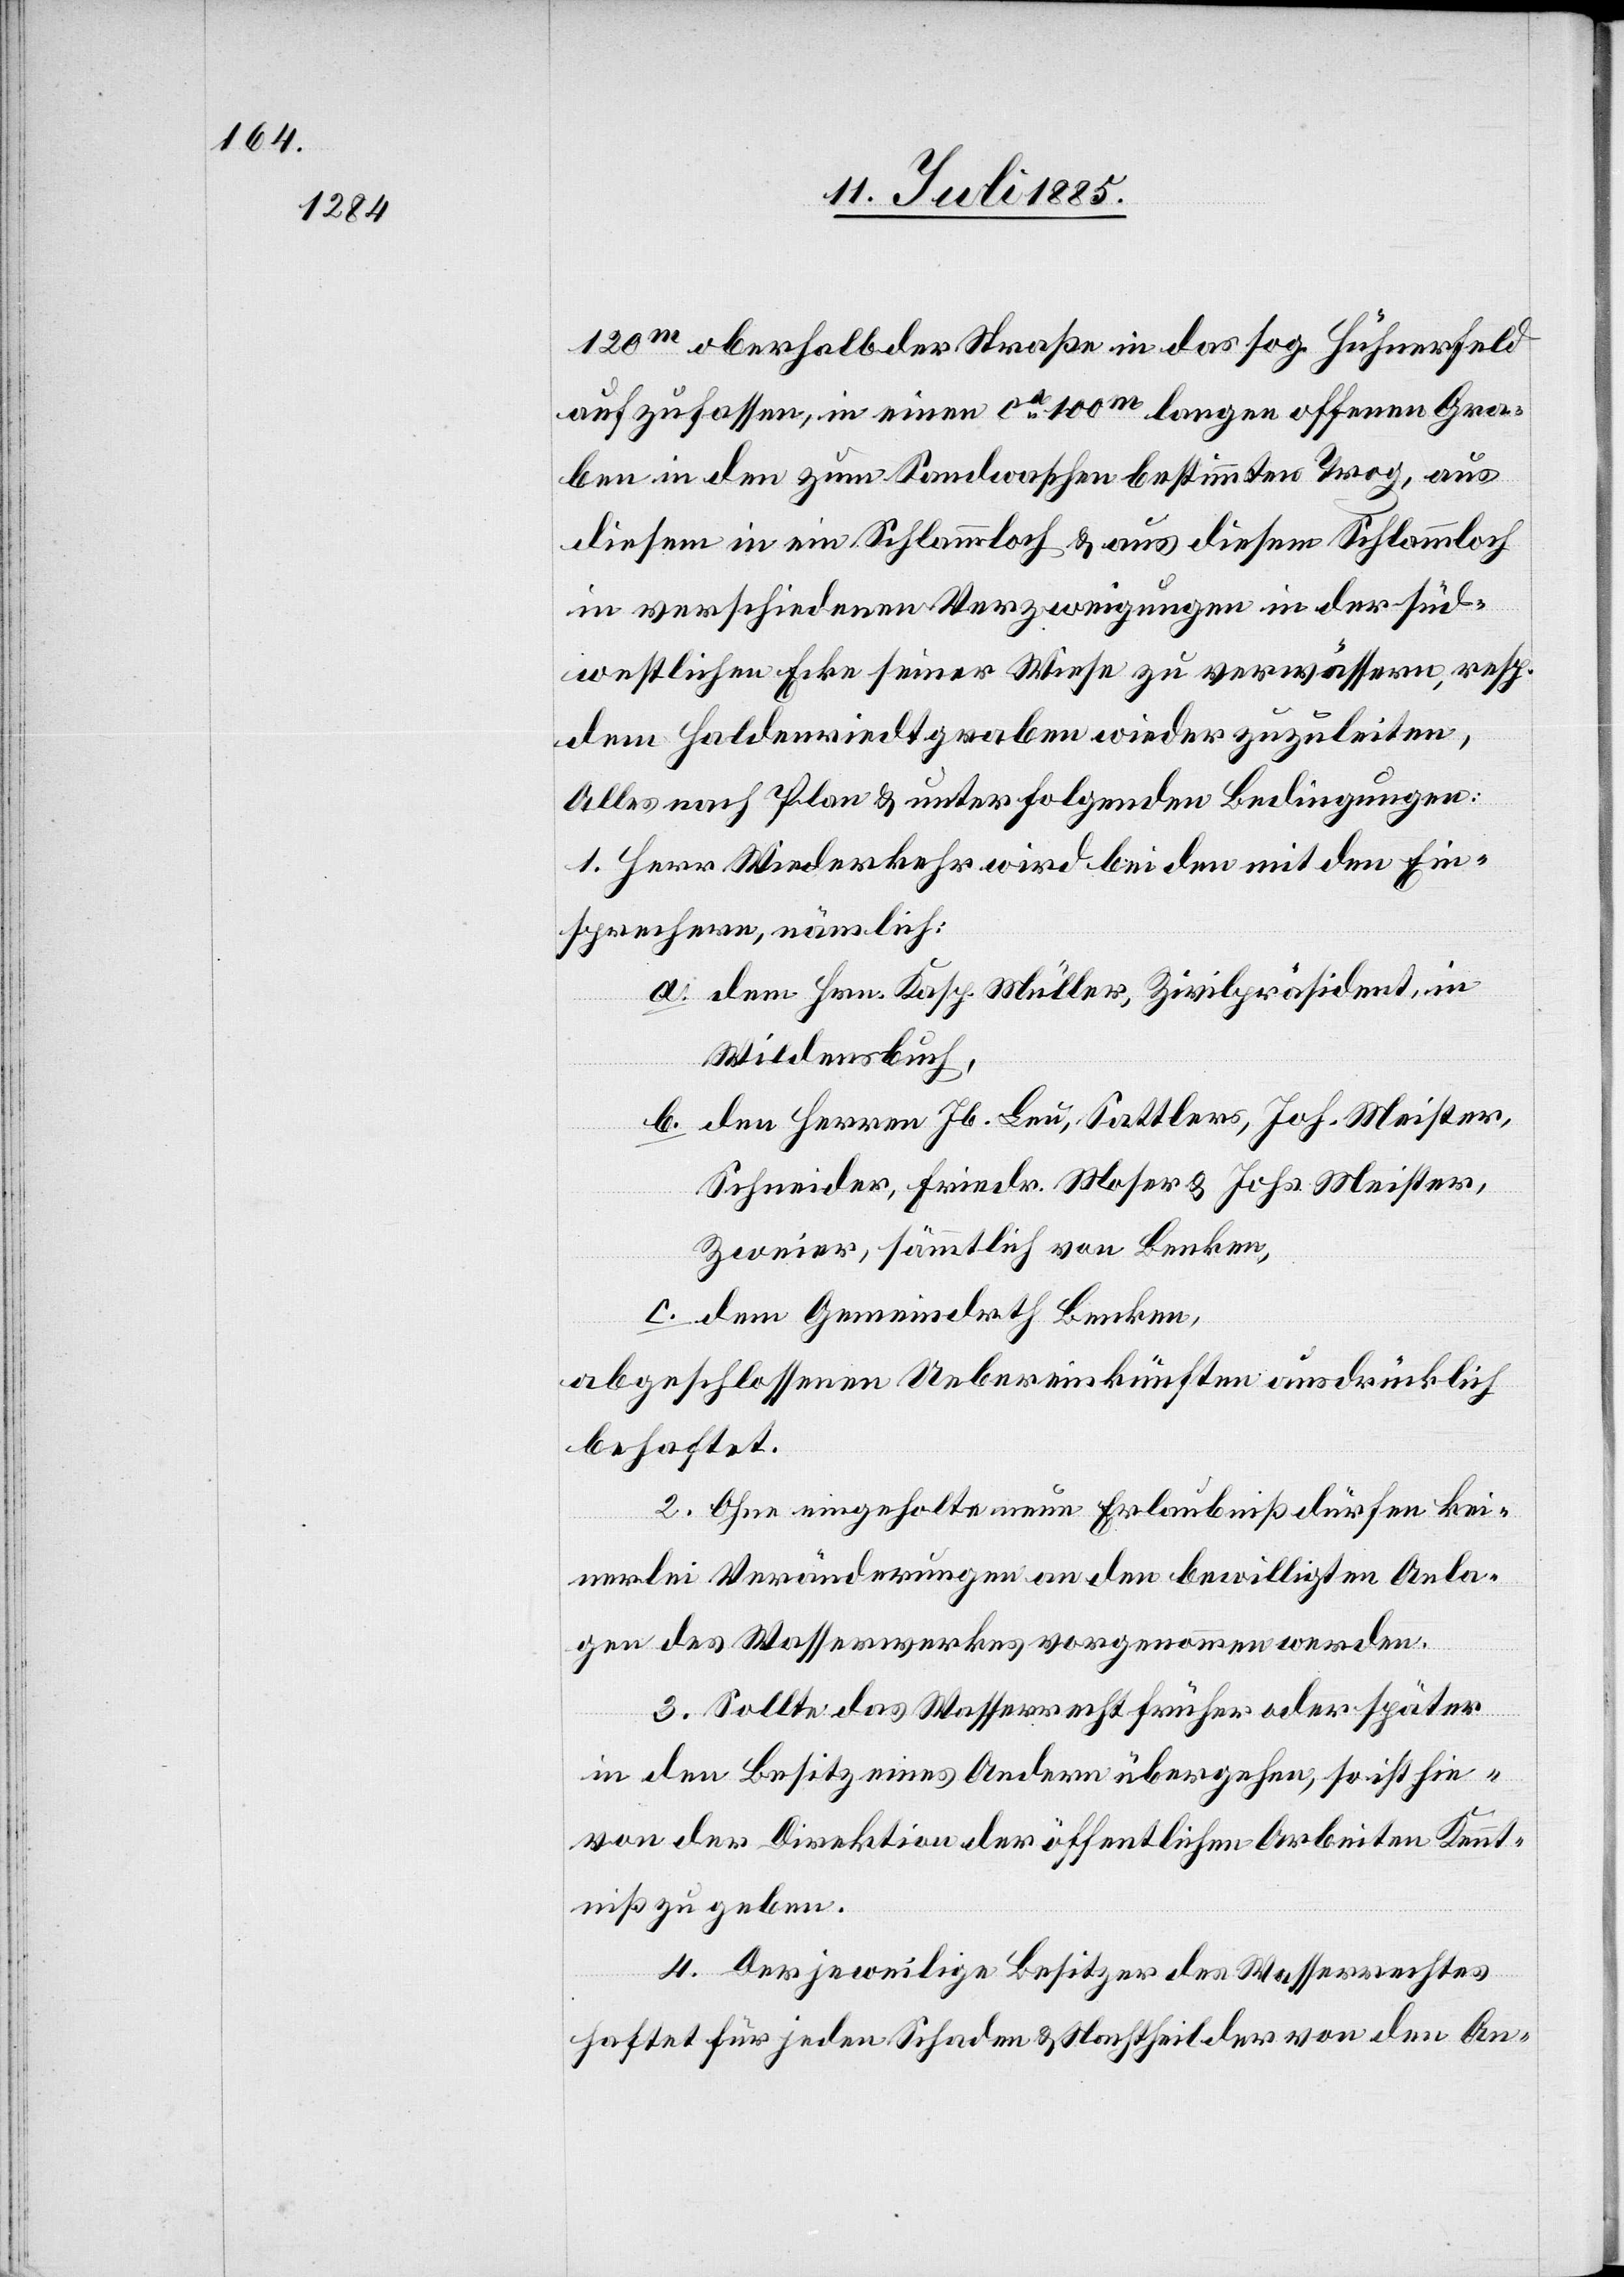
120m oberhalb der Straße in das sog. Hühnerfeld
aufzufassen, in einen ca 100m langen offenen Gra¬
ben in den zum Sandwaschen bestimmten Trog, aus
diesem in ein Schlammloch & aus diesem Schlammloch
in verschiedenen Verzweigungen in der süd¬
westlichen Ecke seiner Wiese zu verwässern, resp.
dem Haldenriedtgraben wieder zuzuleiten,
Alles nach Plan & unter folgenden Bedingungen:
1. Herr Wiederkehr wird bei den mit den Ein¬
sprechern, nämlich:
a. dem Hrn. Kasp. Müller, Zivilpräsident, in
Wildensbuch,
b. den Herren Jb. Leu, Sattlers, Joh. Meister,
Zweier, sämmtlich von Benken,
c.
dem Gemeindrath Benken,
abgeschlossenen Uebereinkünften ausdrücklich
behaftet.
2. Ohne eingeholte neue Erlaubniß dürfen kei¬
nerlei Veränderungen an den bewilligten Anla¬
gen des Wasserwerkes vorgenommen werden.
3. Sollte das Wasserrecht früher oder später
in den Besitz eines Andern übergehen, so ist hie¬
von der Direktion der öffentlichen Arbeiten Kennt¬
niß zu geben.
4. Der jeweilige Besitzer des Wasserrechtes
haftet für jeden Schaden & Nachtheil der von den An-